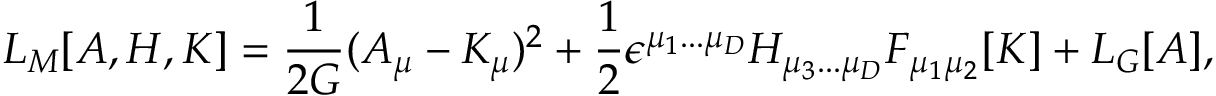
{ \cal L } _ { M } [ A , H , K ] = { \frac { 1 } { 2 G } } ( A _ { \mu } - K _ { \mu } ) ^ { 2 } + { \frac { 1 } { 2 } } \epsilon ^ { \mu _ { 1 } . . . \mu _ { D } } H _ { \mu _ { 3 } . . . \mu _ { D } } F _ { \mu _ { 1 } \mu _ { 2 } } [ K ] + { \cal L } _ { G } [ A ] ,